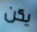
يكن